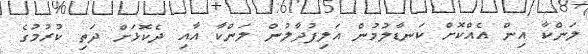
ލަންކާ އިން އެއްކޮށް ކަނޑާލުމުން އަލިފުދާލުން ލަންކާ އާއި ދެކޮޅަށް ދަތި ކުރުމުގެ